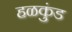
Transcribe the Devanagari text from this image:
हळकुंड